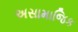
અસામાજિક